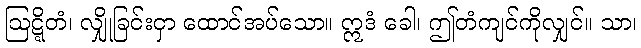
ဩဋ္ဋိတံ၊ လျှိုခြင်းငှာ ထောင်အပ်သော။ ဣဒံ ခေါ၊ ဤတံကျင်ကိုလျှင်။ သာ၊